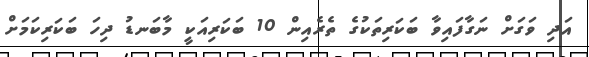
އަދި ވަގަށް ނަގާފައިވާ ބަކަރިތަކުގެ ތެރެއިން 10 ބަކަރިއަކީ މާބަނޑު ދިހަ ބަކަރިކަމަށް